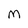
Character: M